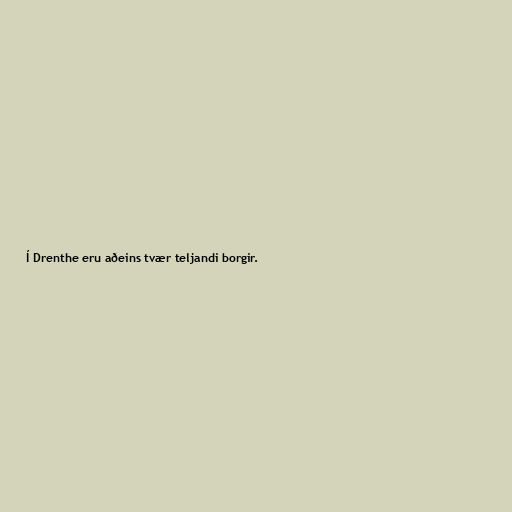
Í Drenthe eru aðeins tvær teljandi borgir.